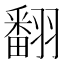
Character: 翻